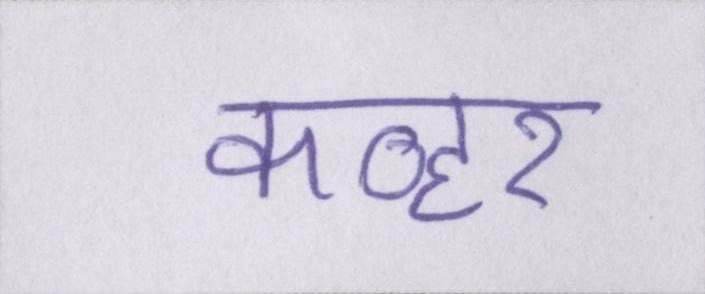
कव्हर